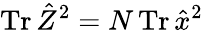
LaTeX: \operatorname{Tr}\hat{Z}^{2}=N\operatorname{Tr}\hat{x}^{2}